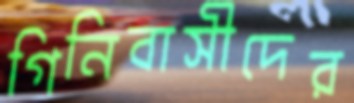
গিনিবাসীদের